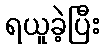
ရယူခဲ့ပြီး